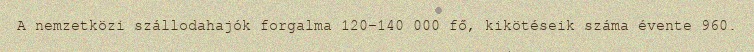
A nemzetközi szállodahajók forgalma 120-140 000 fő, kikötéseik száma évente 960.